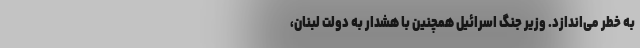
به خطر می‌اندازد. وزیر جنگ اسرائیل همچنین با هشدار به دولت لبنان،